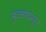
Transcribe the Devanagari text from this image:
मुज्जफरपुर